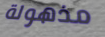
مذهولة